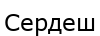
Сердеш